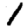
Digit: 1